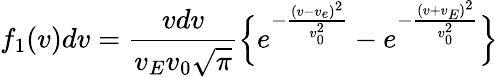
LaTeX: f_{1}(v)dv=\frac{vdv}{v_{E}v_{0}\sqrt{\pi}}\Bigl\{ e^{-\frac{(v-v_{e})^{2}}{v_{0}^{2}}}-e^{-\frac{(v+v_{E})^{2}}{v_{0}^{2}}}\Bigr\}